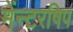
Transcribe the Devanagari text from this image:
मेंन्टरषिप